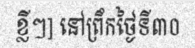
ខ្លីៗ] នៅព្រឹកថ្ងៃទី៣០